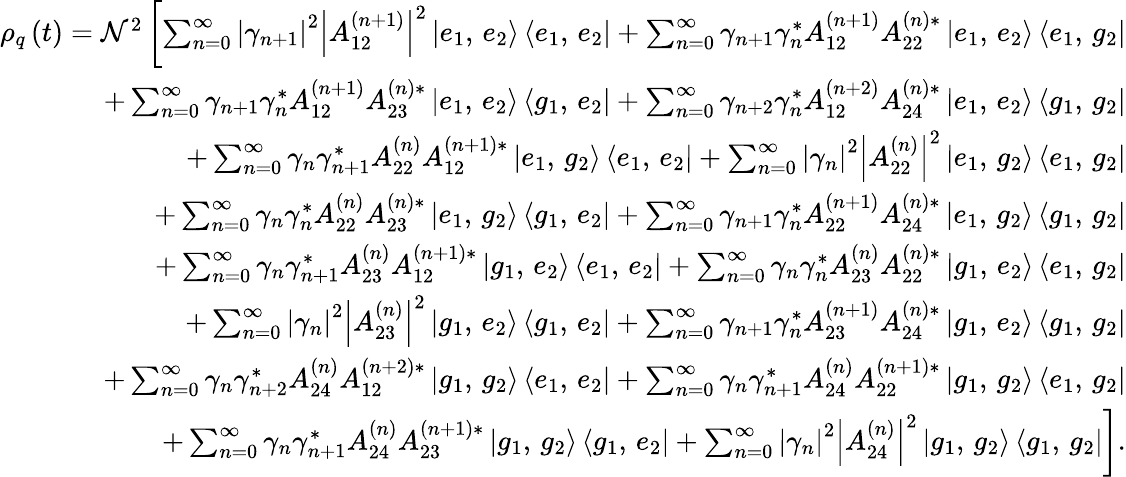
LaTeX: \begin{array}{r}{\rho_{q}\left(t\right)=\mathcal{N}^{2}\left[\sum_{n=0}^{\infty}\left|\gamma_{n+1}\right|^{2}\left|A_{12}^{\left(n+1\right)}\right|^{2}\left|e_{1},\, e_{2}\right\rangle\left\langle e_{1},\, e_{2}\right|+\sum_{n=0}^{\infty}\gamma_{n+1}\gamma_{n}^{*}A_{12}^{\left(n+1\right)}A_{22}^{\left(n\right)*}\left|e_{1},\, e_{2}\right\rangle\left\langle e_{1},\, g_{2}\right|\right.}\\ {+\sum_{n=0}^{\infty}\gamma_{n+1}\gamma_{n}^{*}A_{12}^{\left(n+1\right)}A_{23}^{\left(n\right)*}\left|e_{1},\, e_{2}\right\rangle\left\langle g_{1},\, e_{2}\right|+\sum_{n=0}^{\infty}\gamma_{n+2}\gamma_{n}^{*}A_{12}^{\left(n+2\right)}A_{24}^{\left(n\right)*}\left|e_{1},\, e_{2}\right\rangle\left\langle g_{1},\, g_{2}\right|}\\ {+\sum_{n=0}^{\infty}\gamma_{n}\gamma_{n+1}^{*}A_{22}^{\left(n\right)}A_{12}^{\left(n+1\right)*}\left|e_{1},\, g_{2}\right\rangle\left\langle e_{1},\, e_{2}\right|+\sum_{n=0}^{\infty}\left|\gamma_{n}\right|^{2}\left|A_{22}^{\left(n\right)}\right|^{2}\left|e_{1},\, g_{2}\right\rangle\left\langle e_{1},\, g_{2}\right|}\\ {+\sum_{n=0}^{\infty}\gamma_{n}\gamma_{n}^{*}A_{22}^{\left(n\right)}A_{23}^{\left(n\right)*}\left|e_{1},\, g_{2}\right\rangle\left\langle g_{1},\, e_{2}\right|+\sum_{n=0}^{\infty}\gamma_{n+1}\gamma_{n}^{*}A_{22}^{\left(n+1\right)}A_{24}^{\left(n\right)*}\left|e_{1},\, g_{2}\right\rangle\left\langle g_{1},\, g_{2}\right|}\\ {+\sum_{n=0}^{\infty}\gamma_{n}\gamma_{n+1}^{*}A_{23}^{\left(n\right)}A_{12}^{\left(n+1\right)*}\left|g_{1},\, e_{2}\right\rangle\left\langle e_{1},\, e_{2}\right|+\sum_{n=0}^{\infty}\gamma_{n}\gamma_{n}^{*}A_{23}^{\left(n\right)}A_{22}^{\left(n\right)*}\left|g_{1},\, e_{2}\right\rangle\left\langle e_{1},\, g_{2}\right|}\\ {+\sum_{n=0}^{\infty}\left|\gamma_{n}\right|^{2}\left|A_{23}^{\left(n\right)}\right|^{2}\left|g_{1},\, e_{2}\right\rangle\left\langle g_{1},\, e_{2}\right|+\sum_{n=0}^{\infty}\gamma_{n+1}\gamma_{n}^{*}A_{23}^{\left(n+1\right)}A_{24}^{\left(n\right)*}\left|g_{1},\, e_{2}\right\rangle\left\langle g_{1},\, g_{2}\right|}\\ {+\sum_{n=0}^{\infty}\gamma_{n}\gamma_{n+2}^{*}A_{24}^{\left(n\right)}A_{12}^{\left(n+2\right)*}\left|g_{1},\, g_{2}\right\rangle\left\langle e_{1},\, e_{2}\right|+\sum_{n=0}^{\infty}\gamma_{n}\gamma_{n+1}^{*}A_{24}^{\left(n\right)}A_{22}^{\left(n+1\right)*}\left|g_{1},\, g_{2}\right\rangle\left\langle e_{1},\, g_{2}\right|}\\ {\left.+\sum_{n=0}^{\infty}\gamma_{n}\gamma_{n+1}^{*}A_{24}^{\left(n\right)}A_{23}^{\left(n+1\right)*}\left|g_{1},\, g_{2}\right\rangle\left\langle g_{1},\, e_{2}\right|+\sum_{n=0}^{\infty}\left|\gamma_{n}\right|^{2}\left|A_{24}^{\left(n\right)}\right|^{2}\left|g_{1},\, g_{2}\right\rangle\left\langle g_{1},\, g_{2}\right|\right].}\end{array}